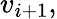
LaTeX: v_{i+1},